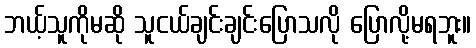
ဘယ့်သူကိုမဆို သူငယ်ချင်းချင်းပြောသလို ပြောလို့မရဘူး။